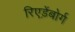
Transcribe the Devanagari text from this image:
रिएड़ेंबोर्ग